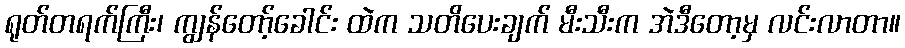
ရုတ်တရက်ကြီး၊ ကျွန်တော့်ခေါင်း ထဲက သတိပေးချက် မီးသီးက အဲဒီတော့မှ လင်းလာတာ။